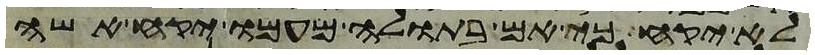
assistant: לא יקח כי אם בתולה מעמו יקח אשה